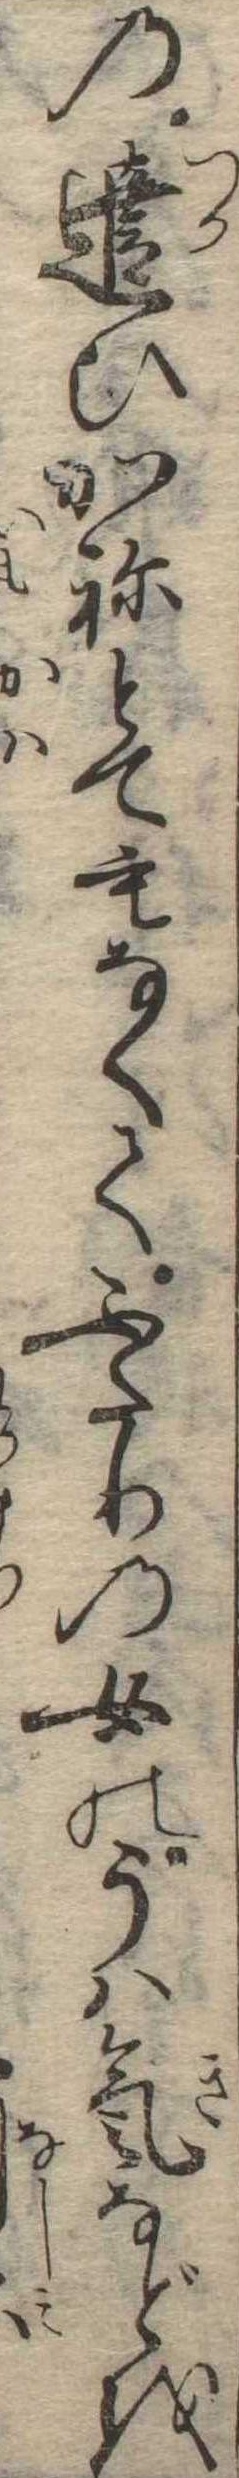
の遣ひかねとてもなくてふたりの女のうは気などを